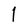
Character: 1